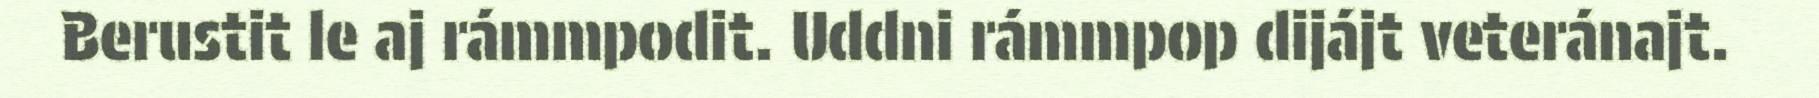
Berustit le aj rámmpodit. Uddni rámmpop dijájt veteránajt.